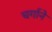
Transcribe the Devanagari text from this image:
चर्गाने